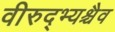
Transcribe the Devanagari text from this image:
वीरुद्भ्यश्चैव